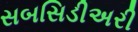
સબસિડીઅરી